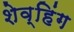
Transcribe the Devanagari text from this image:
शेव्हिंग